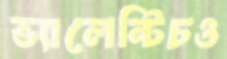
ভ্যালেন্টিচও